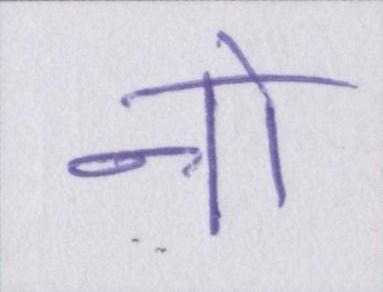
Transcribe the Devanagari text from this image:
नो